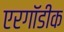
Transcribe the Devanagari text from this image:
एरगॉडीक